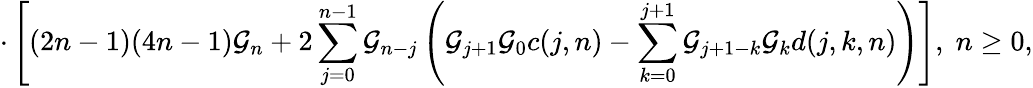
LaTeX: \cdot\left[(2n-1)(4n-1){\cal G}_{n}+2\sum_{j=0}^{n-1}{\cal G}_{n-j}\left({\cal G}_{j+1}{\cal G}_{0}c(j,n)-\sum_{k=0}^{j+1}{\cal G}_{j+1-k}{\cal G}_{k}d(j,k,n)\right)\right],\; n\ge 0,